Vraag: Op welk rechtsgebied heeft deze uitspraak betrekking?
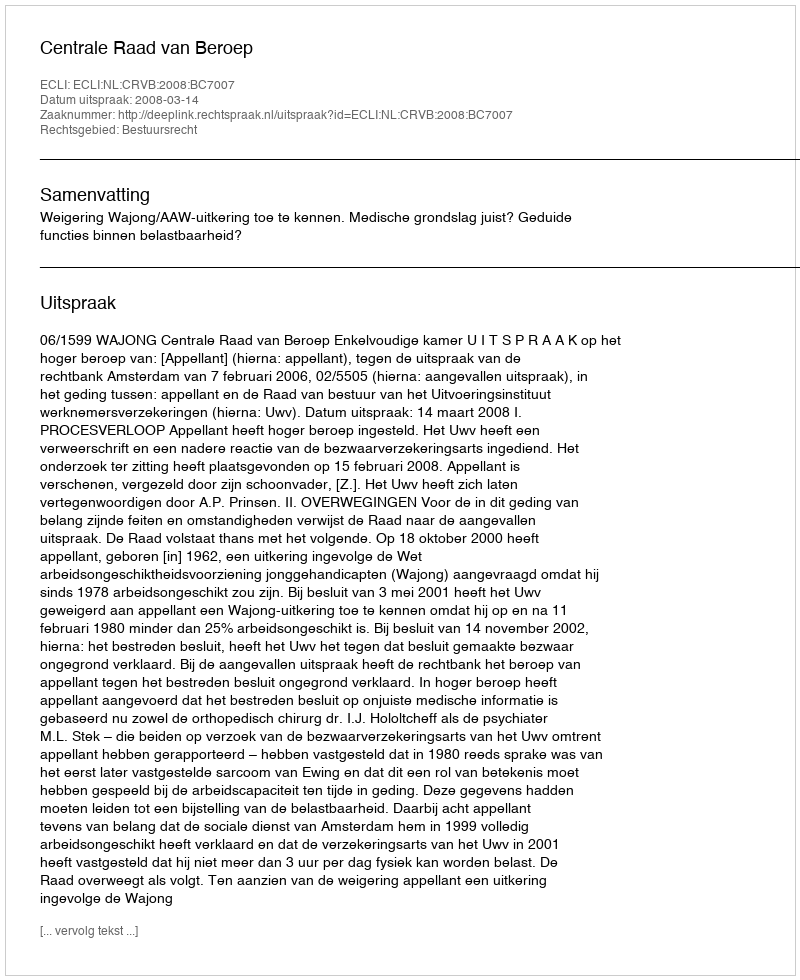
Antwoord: Bestuursrecht